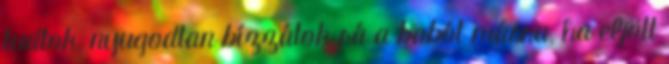
tudtok, nyugodtan bízzátok rá a babót másra, ha eljött